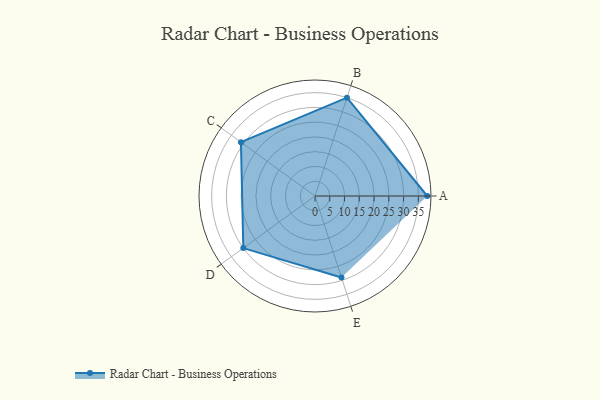
{"axis": {"x": "Skill", "y": "Score"}, "legend": ["Profile"], "data": [{"x": "A", "y": 38.0, "type": "Profile"}, {"x": "B", "y": 35.0, "type": "Profile"}, {"x": "C", "y": 31.0, "type": "Profile"}, {"x": "D", "y": 30.0, "type": "Profile"}, {"x": "E", "y": 29.0, "type": "Profile"}]}